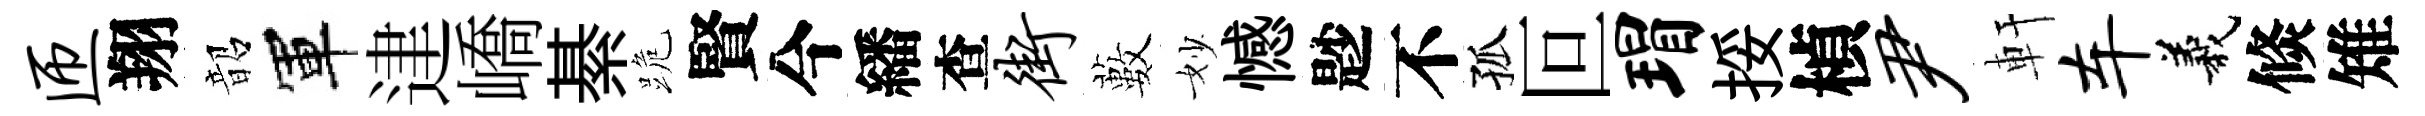
匝翔韶軍䢖嶠綦跪賢今繙查街藪妙憾尟不孤叵瑁挼楨尹軒车義倐雉